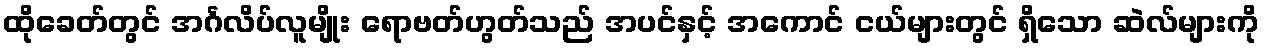
ထိုခေတ်တွင် အင်္ဂလိပ်လူမျိုး ရောဗတ်ဟွတ်သည် အပင်နှင့် အကောင် ငယ်များတွင် ရှိသော ဆဲလ်များကို